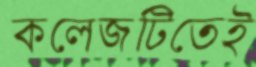
কলেজটিতেই